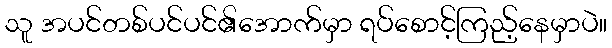
သူ အပင်တစ်ပင်ပင်၏အောက်မှာ ရပ်စောင့်ကြည့်နေမှာပဲ။